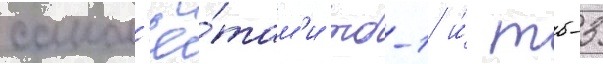
самол'ё́там'и тб-1 и́ тб-3